Problem: 7 × 4 = ?
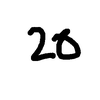
Handwritten answer: 20